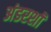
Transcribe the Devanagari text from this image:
अंडरशॉ